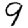
Digit: 9